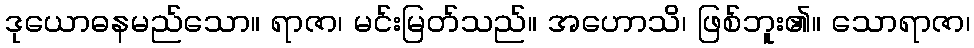
ဒုယောဓနမည်သော။ ရာဇာ၊ မင်းမြတ်သည်။ အဟောသိ၊ ဖြစ်ဘူး၏။ သောရာဇာ၊